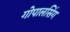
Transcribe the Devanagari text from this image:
गोपालसिंग